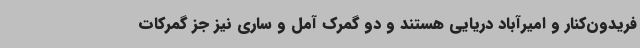
فریدون‌کنار و امیرآباد دریایی هستند و دو گمرک آمل و ساری نیز جز گمرکات